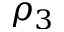
\rho _ { 3 }